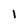
Character: I